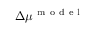
\Delta \mu ^ { \mathrm { ~ m ~ o ~ d ~ e ~ l ~ } }